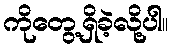
ကိုတွေ့ရှိခဲ့လို့ပါ။